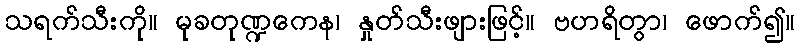
သရက်သီးကို။ မုခတုဏ္ဍကေန၊ နှုတ်သီးဖျားဖြင့်။ ဗဟရိတွာ၊ ဖောက်၍။